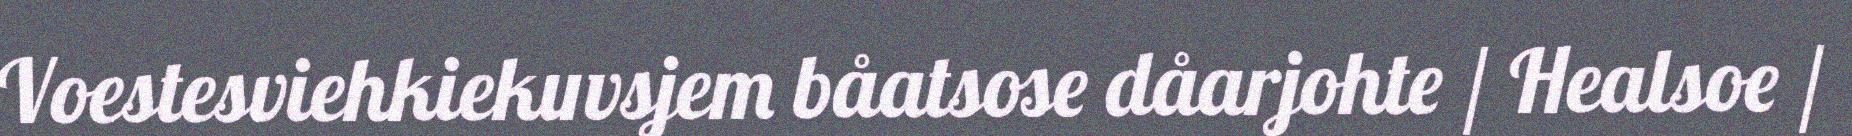
Voestesviehkiekuvsjem båatsose dåarjohte / Healsoe /